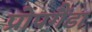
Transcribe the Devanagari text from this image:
प्रोपगैंडा